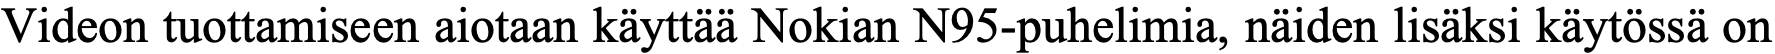
Videon tuottamiseen aiotaan käyttää Nokian N95-puhelimia, näiden lisäksi käytössä on